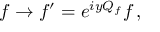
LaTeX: f \rightarrow { f } ^ { \prime } = e ^ { i y Q _ { f } } f \, ,